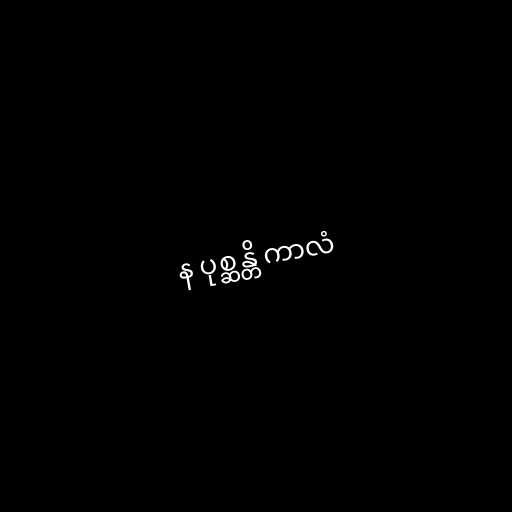
န ပုစ္ဆန္တိ ကာလံ